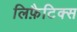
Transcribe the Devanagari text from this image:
लिफ़ैटिक्स